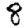
Digit: 8